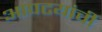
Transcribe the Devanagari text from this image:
आपटयांची